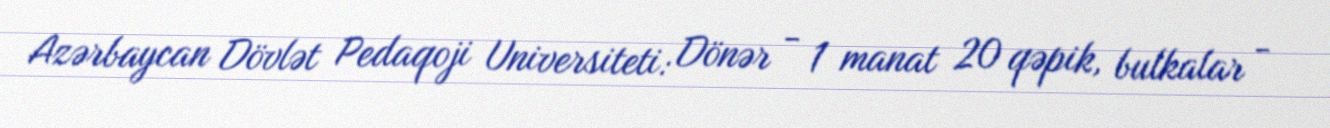
Azərbaycan Dövlət Pedaqoji Universiteti: Dönər - 1 manat 20 qəpik, bulkalar -